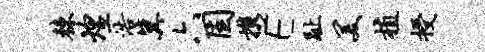
棘煌浩冀六固携E趾美植授